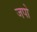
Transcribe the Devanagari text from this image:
जपो